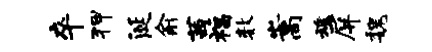
卒狎涎俞茜福数嵩魂屏魏